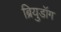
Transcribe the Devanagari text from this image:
ब्रियुडॉग